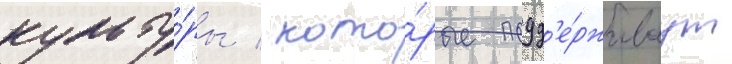
культу́ры / кото́рые подд'е́рживаут